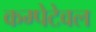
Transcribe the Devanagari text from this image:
कम्पेटेवल